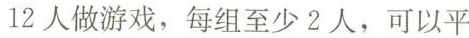
12人做游戏，每组至少2人，可以平